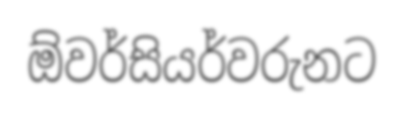
ඕවර්සියර්වරුනට